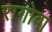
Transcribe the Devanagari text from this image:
रागोबा